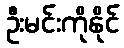
ဦးမင်းကိုနိုင်